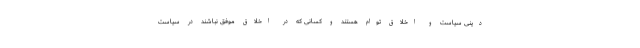
دینی سیاست و اخلاق توام هستند و کسانی که در اخلاق موفق نباشند در سیاست